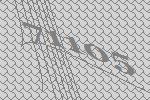
71105